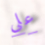
على